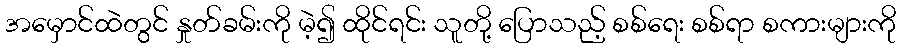
အမှောင်ထဲတွင် နှုတ်ခမ်းကို မဲ့၍ ထိုင်ရင်း သူတို့ ပြောသည့် စစ်ရေး စစ်ရာ စကားများကို